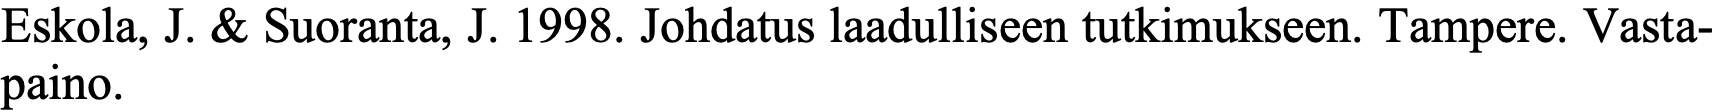
Eskola, J. & Suoranta, J. 1998. Johdatus laadulliseen tutkimukseen. Tampere. Vasta- paino.